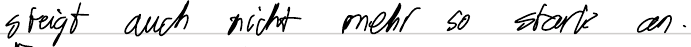
steigt auch nicht mehr so stark an.